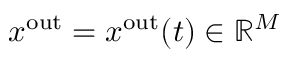
x ^ { \mathrm { o u t } } = x ^ { \mathrm { o u t } } ( t ) \in \mathbb { R } ^ { M }